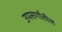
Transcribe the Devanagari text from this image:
उपसर्गांतील